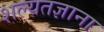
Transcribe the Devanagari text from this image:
शल्यतज्ञाना